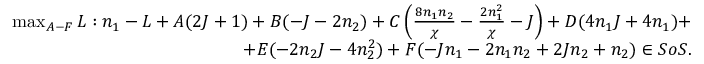
\begin{array} { r } { \operatorname* { m a x } _ { A - F } L : n _ { 1 } - L + A ( 2 J + 1 ) + B ( - J - 2 n _ { 2 } ) + C \left( \frac { 8 n _ { 1 } n _ { 2 } } { \chi } - \frac { 2 n _ { 1 } ^ { 2 } } { \chi } - J \right) + D ( 4 n _ { 1 } J + 4 n _ { 1 } ) + } \\ { + E ( - 2 n _ { 2 } J - 4 n _ { 2 } ^ { 2 } ) + F ( - J n _ { 1 } - 2 n _ { 1 } n _ { 2 } + 2 J n _ { 2 } + n _ { 2 } ) \in S o S . } \end{array}